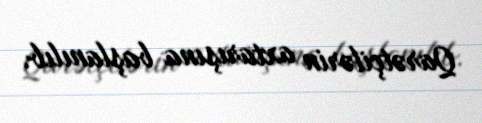
Qarətçilərin axtarışına başlanılıb.